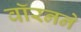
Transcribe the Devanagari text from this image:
वॉरनने